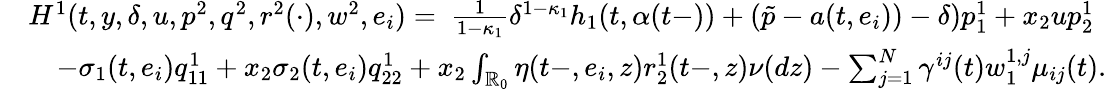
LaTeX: \begin{array}{rl}&{H^{1}(t,y,\delta,u,p^{2},q^{2},r^{2}(\cdot),w^{2},e_{i})=\ \frac{1}{1-\kappa_{1}}\delta^{1-\kappa_{1}}h_{1}(t,\alpha(t-))+(\tilde{p}-a(t,e_{i}))-\delta)p_{1}^{1}+x_{2}up_{2}^{1}}\\ &{\quad-\sigma_{1}(t,e_{i})q_{11}^{1}+x_{2}\sigma_{2}(t,e_{i})q_{22}^{1}+x_{2}\int_{\mathbb{R}_{0}}\eta(t-,e_{i},z)r_{2}^{1}(t-,z)\nu(dz)-\sum_{j=1}^{N}\gamma^{ij}(t)w_{1}^{1,j}\mu_{ij}(t).}\end{array}